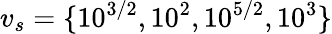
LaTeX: v_{s}=\{ 10^{3/2},10^{2},10^{5/2},10^{3}\}